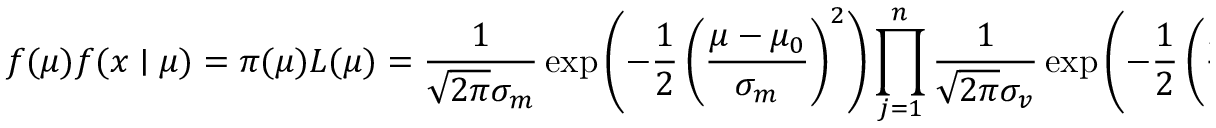
f ( \mu ) f ( x \mid \mu ) = \pi ( \mu ) L ( \mu ) = { \frac { 1 } { { \sqrt { 2 \pi } } \sigma _ { m } } } \exp \left( - { \frac { 1 } { 2 } } \left( { \frac { \mu - \mu _ { 0 } } { \sigma _ { m } } } \right) ^ { 2 } \right) \prod _ { j = 1 } ^ { n } { \frac { 1 } { { \sqrt { 2 \pi } } \sigma _ { v } } } \exp \left( - { \frac { 1 } { 2 } } \left( { \frac { x _ { j } - \mu } { \sigma _ { v } } } \right) ^ { 2 } \right) ,